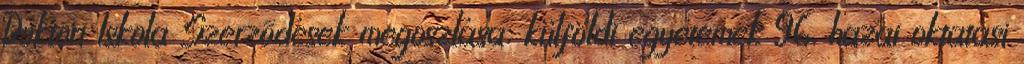
Doktori Iskola Szerzõdések megoszlása: külföldi egyetemek 96, hazai oktatási